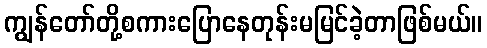
ကျွန်တော်တို့စကားပြောနေတုန်းမမြင်ခဲ့တာဖြစ်မယ်။